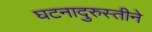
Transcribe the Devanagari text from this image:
घटनादुरुस्तीने